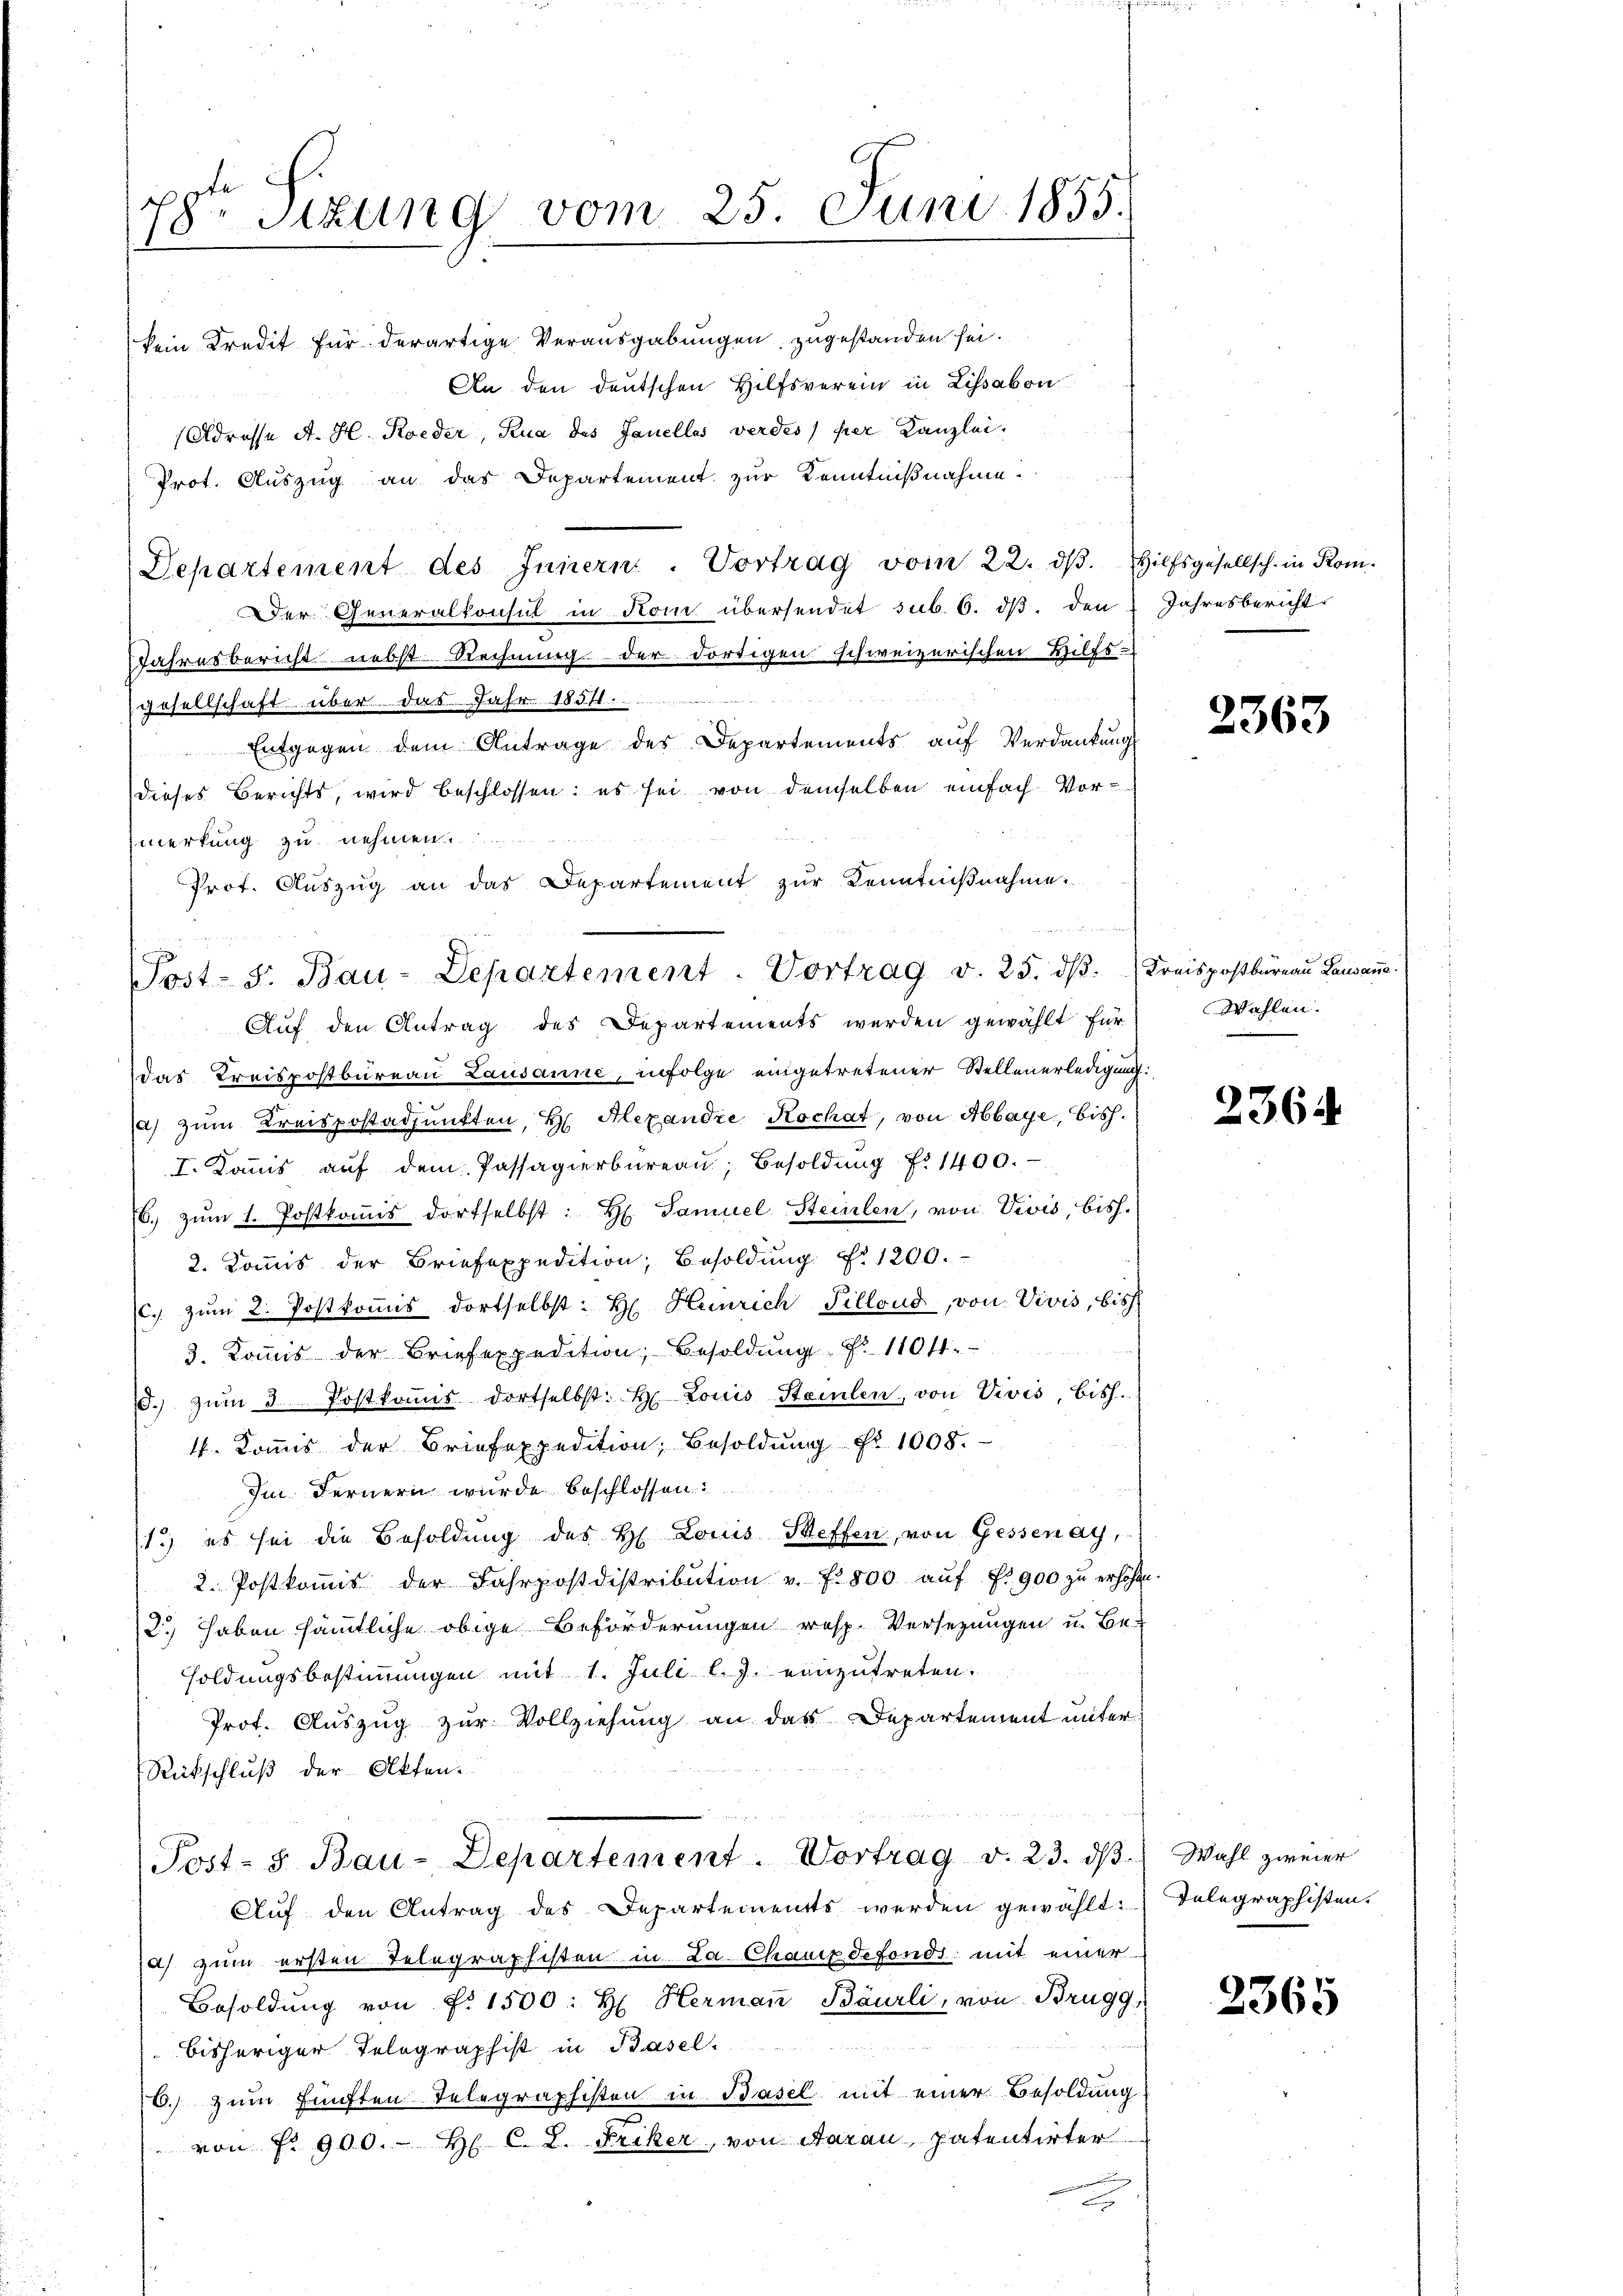
78. Sizung vom 25. Juni 1855.
1

kein Kredit für derartige Verausgabungen, zugestanden sei.
An den deutschen Hilfsverein in Lissabon
(Adresse A. H. Koeder, Kua des Janelles verdes per Kanzlei-
Prot. Auszug an das Departement zur Kenntnißnahme.
Departement des Innern. Vortrag vom 22. dβ. Hilfsgesellsch. in Kom-
Der Generalkonsul in Kom übersendet sub. 6. dβ. den Jahresbericht
Jahresbericht nebst Rechnung der dortigen schweizerischen Hilfs-
gesellschaft über das Jahr 1854.
Entgegen dem Antrage des Departements auf Verdankung
dieses Berichts, wird beschlossen; es sei von demselben einfach Vormerkung zu nehmen.
das Kreispostbureau Lausanne, infolge eingetretener Stellenerledigung:
a) zum Kreispostadpunkten, Hr. Alexandre Kochat, von Abbaye, bish
I. Kommis aŭf dem Passagierbüreau, Besoldŭng No 1400.
6. zŭm 1. Postkoṁis dortselbst: H Samuel Steinlen, von Divis, bish.
2. Kommis der Briefexpedition, Besoldŭng d. 1200.
c. zŭm 2. Postkoṁis dortselbst: H. Heinrich Sillond, von Vivis, bish
3. Kommis der Briefexpedition, Besoldŭng Nr. 1104.
d. zŭm 3. Postkoṁis dortselbst. H. Louis Steilen, von Vivis, bish.
4. Koṁis der Briefexpedition, Besoldŭng Nr. 1008.
Jm Fernern wurde beschlossen:
1.) es sei die Besoldung des H. Louis Steffen, von Gessenay,
2. Postkoṁis der Fahrpostdistribution v. 72800 aŭf Fr. 900 zŭ erhöhen
2.) Haben sämmtliche obige Beförderungen resp. Versezungen u. Be-
soldungsbestimmungen mit 1. Juli l. J. einzutreten.
Prot. Auszug zur Vollziehung an das Departement unter
Rückschluß der Akten.
Post- s. Bau-Departement. Vortrag v. 23. dβ. Wahl zweier
Auf den Antrag des Departements werden gewählt: Telegraphisten.
as zum ersten Telegraphisten in La Chauxdefonds mit einer
Besoldung von Fr. 1500: H. Hermann Bäurli, von Brugg,
bisheriger Telegraphist in Basel-
6. zum fünften Telegraphisten in Basel mit einer Besoldung
von fr. 900. H. C. S. Friker, von Aarau, patentirter

Prot. Aŭszŭg an das Departement zŭr Kenntniβnahme.
n
Post- s. Bau-Departement-Vortrag v. 25. dβ. Kreispostbüreau Lausane
Auf den Antrag des Departements werden gewählt für

2363

Wahlen.

2364

2365